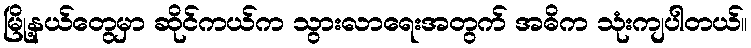
မြို့နယ်တွေမှာ ဆိုင်ကယ်က သွားလာရေးအတွက် အဓိက သုံးကျပါတယ်။